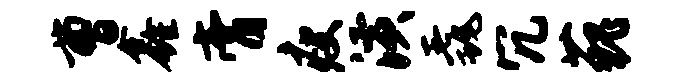
曹鑫膏瘦潢毳冗藐